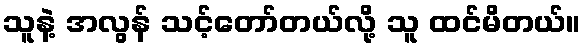
သူနဲ့ အလွန် သင့်တော်တယ်လို့ သူ ထင်မိတယ်။